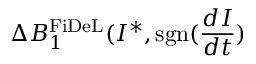
\Delta B _ { 1 } ^ { \mathrm { F i D e L } } ( I ^ { * } , \mathrm { s g n } ( \frac { d I } { d t } )